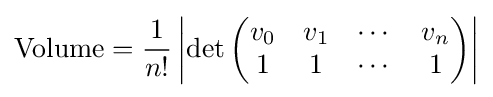
\mathrm {Volume} ={1 \over n!}\left|\det {\begin{pmatrix}v_{0}&v_{1}&\cdots &v_{n}\\1&1&\cdots &1\end{pmatrix}}\right|